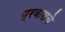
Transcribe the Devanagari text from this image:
प्रवासचे